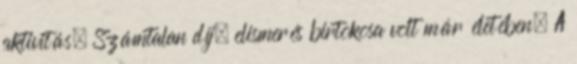
aktivitás. Számtalan díj, elismerés birtokosa volt már életében. A